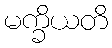
မက္ခိယတိ